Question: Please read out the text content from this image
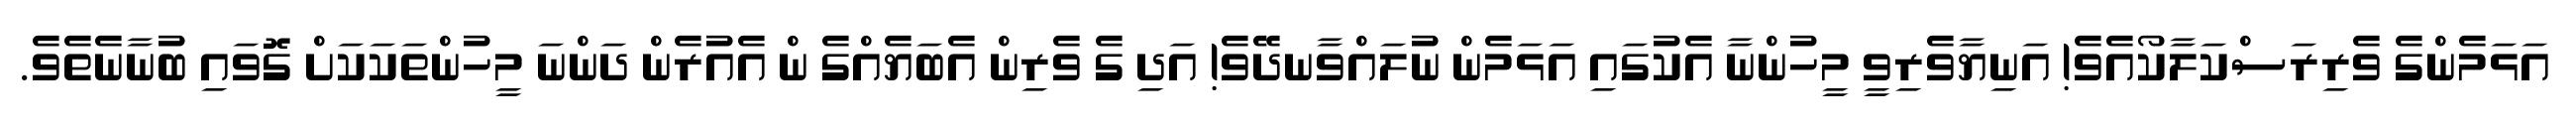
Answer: އަޅަމެންގެ ވެރިރަސްކަލާކޯއެވެ! އަނިޔާވެރިވީ މީހުންނާ އެކުގައި އަޅަމެން ނުލައްވާނދޭވެ! އަދި ގެ ވެރިން އެބަޔެއްގެ ން އެއުރެން ދަންނަ މީހުންތަކަކަށް ގޮވައި ބުނާނެތެވެ.